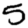
Digit: 5